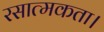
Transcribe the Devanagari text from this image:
रसात्मकता।